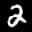
Label: 2